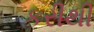
કરીથી